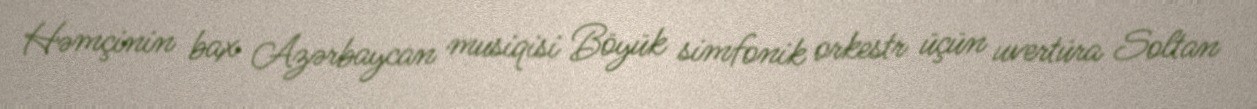
Həmçinin bax Azərbaycan musiqisi Böyük simfonik orkestr üçün uvertüra Soltan